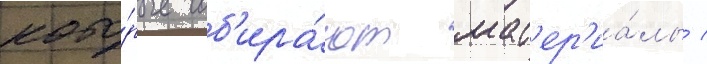
кото́рые соб'ира́ют мат'ер'иа́лы /